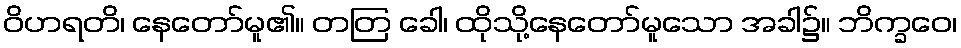
ဝိဟရတိ၊ နေတော်မူ၏။ တတြ ခေါ၊ ထိုသို့နေတော်မူသော အခါ၌။ ဘိက္ခဝေ၊